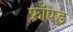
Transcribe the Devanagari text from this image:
फ़्रॉएड